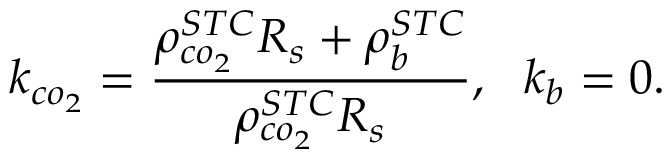
k _ { c o _ { 2 } } = \frac { \rho _ { c o _ { 2 } } ^ { S T C } R _ { s } + \rho _ { b } ^ { S T C } } { \rho _ { c o _ { 2 } } ^ { S T C } R _ { s } } , \ \ k _ { b } = 0 .